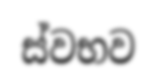
ස්වභව